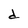
Character: d